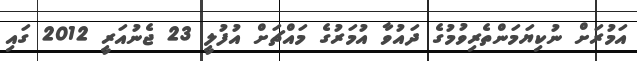
އަމުރަށް ނުކިޔަމަންތެރިވުމުގެ ދައުވާ އުމަރުގެ މައްޗަށް އުފުލީ 23 ޖެނުއަރީ 2012 ގައި